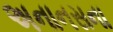
અનાનસના